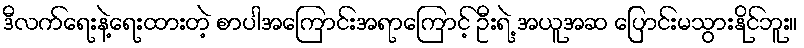
ဒီလက်ရေးနဲ့ရေးထားတဲ့ စာပါအကြောင်းအရာကြောင့် ဦးရဲ့ အယူအဆ ပြောင်းမသွားနိုင်ဘူး။